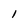
Character: 1